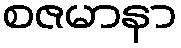
စဇမာနာ